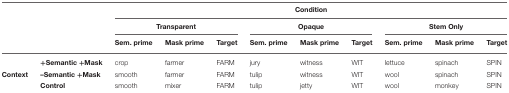
|  |  | <COLSPAN=9> Condition |
 |  |  | <COLSPAN=3> Transparent | <COLSPAN=3> Opaque | <COLSPAN=3> Stem Only |
 |  |  | Sem. prime | Mask prime | Target | Sem. prime | Mask prime | Target | Sem. prime | Mask prime | Target |
 | --- | --- | --- | --- | --- | --- | --- | --- | --- | --- | --- |
 |  | +Semantic +Mask | crop | farmer | FARM | jury | witness | WIT | lettuce | spinach | SPIN |
 | Context | –Semantic +Mask | smooth | farmer | FARM | tulip | witness | WIT | wool | spinach | SPIN |
 |  | Control | smooth | mixer | FARM | tulip | jetty | WIT | wool | monkey | SPIN |